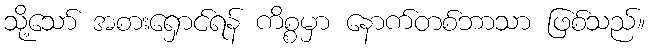
သို့သော် အစားရှောင်ရန် ကိစ္စမှာ နောက်တစ်ဘာသာ ဖြစ်သည်။